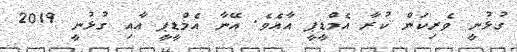
ގުޅުނީ ވެރިކަން ކުރާ އެމްޑީޕީ އާއެވެ. އޭނާ އެމްޑީޕީ އާއި ގުޅުނީ 2019